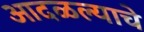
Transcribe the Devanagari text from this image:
आदळल्याचे